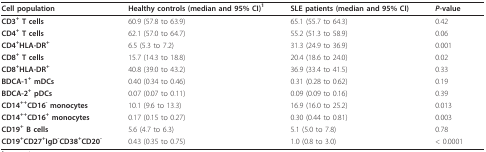
<table><thead><tr><td><b>Cell population</b></td><td><b>Healthy controls (median and 95% CI)<sup>1</sup></b></td><td><b>SLE patients (median and 95% CI)</b></td><td><b><i>P</i>-value</b></td></tr></thead><tbody><tr><td><b>CD3<sup>+ </sup>T cells</b></td><td>60.9 (57.8 to 63.9)</td><td>65.1 (55.7 to 64.3)</td><td>0.42</td></tr><tr><td><b>CD4<sup>+ </sup>T cells</b></td><td>62.1 (57.0 to 64.7)</td><td>55.2 (51.3 to 58.9)</td><td>0.06</td></tr><tr><td><b>CD4<sup>+</sup>HLA-DR<sup>+</sup></b></td><td>6.5 (5.3 to 7.2)</td><td>31.3 (24.9 to 36.9)</td><td>0.001</td></tr><tr><td><b>CD8<sup>+ </sup>T cells</b></td><td>15.7 (14.3 to 18.8)</td><td>20.4 (18.6 to 24.0)</td><td>0.02</td></tr><tr><td><b>CD8<sup>+</sup>HLA-DR<sup>+</sup></b></td><td>40.8 (39.0 to 43.2)</td><td>36.9 (33.4 to 41.5)</td><td>0.33</td></tr><tr><td><b>BDCA-1<sup>+ </sup>mDCs</b></td><td>0.40 (0.34 to 0.46)</td><td>0.31 (0.28 to 0.62)</td><td>0.19</td></tr><tr><td><b>BDCA-2<sup>+ </sup>pDCs</b></td><td>0.07 (0.07 to 0.11)</td><td>0.09 (0.09 to 0.16)</td><td>0.39</td></tr><tr><td><b>CD14<sup>++</sup>CD16<sup>- </sup>monocytes</b></td><td>10.1 (9.6 to 13.3)</td><td>16.9 (16.0 to 25.2)</td><td>0.013</td></tr><tr><td><b>CD14<sup>++</sup>CD16<sup>+ </sup>monocytes</b></td><td>0.17 (0.15 to 0.27)</td><td>0.30 (0.44 to 0.81)</td><td>0.003</td></tr><tr><td><b>CD19<sup>+ </sup>B cells</b></td><td>5.6 (4.7 to 6.3)</td><td>5.1 (5.0 to 7.8)</td><td>0.78</td></tr><tr><td><b>CD19<sup>+</sup>CD27<sup>+</sup>IgD<sup>-</sup>CD38<sup>+</sup>CD20<sup>-</sup></b></td><td>0.43 (0.35 to 0.75)</td><td>1.0 (0.8 to 3.0)</td><td>&lt; 0.0001</td></tr></tbody></table>